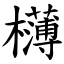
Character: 欂